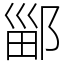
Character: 䣎